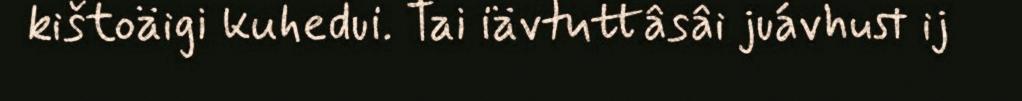
kištoäigi kuhedui. Tai iävtuttâsâi juávhust ij